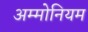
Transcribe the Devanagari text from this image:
अम्मोनियम